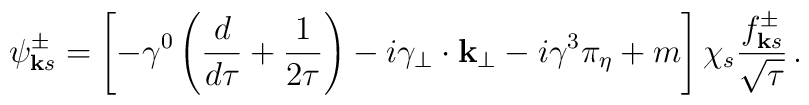
\psi^{\pm}_{{\bf k}s} = \left[-\gamma^{0}\left( {d \over d\tau}+{1 \over 2\tau}\right)- i \gamma_{\bf{{\perp}}}\cdot {\bf{k_{\perp}}}-i \gamma^{3} \pi_{\eta}+ m\right] \chi_{s} {f^{\pm}_{{\bf k}s} \over {\sqrt\tau}}\, .